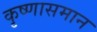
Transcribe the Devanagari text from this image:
कृष्णासमान